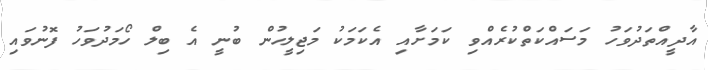
އާދީއްތަދުވަހު މަސައްކަތްކުރެއްވި ކަމަށާއި އެކަމަކު މަޖިލީހުން ބުނީ އެ ބިލް ހޯމަދުވަހު ފޮނުވައި